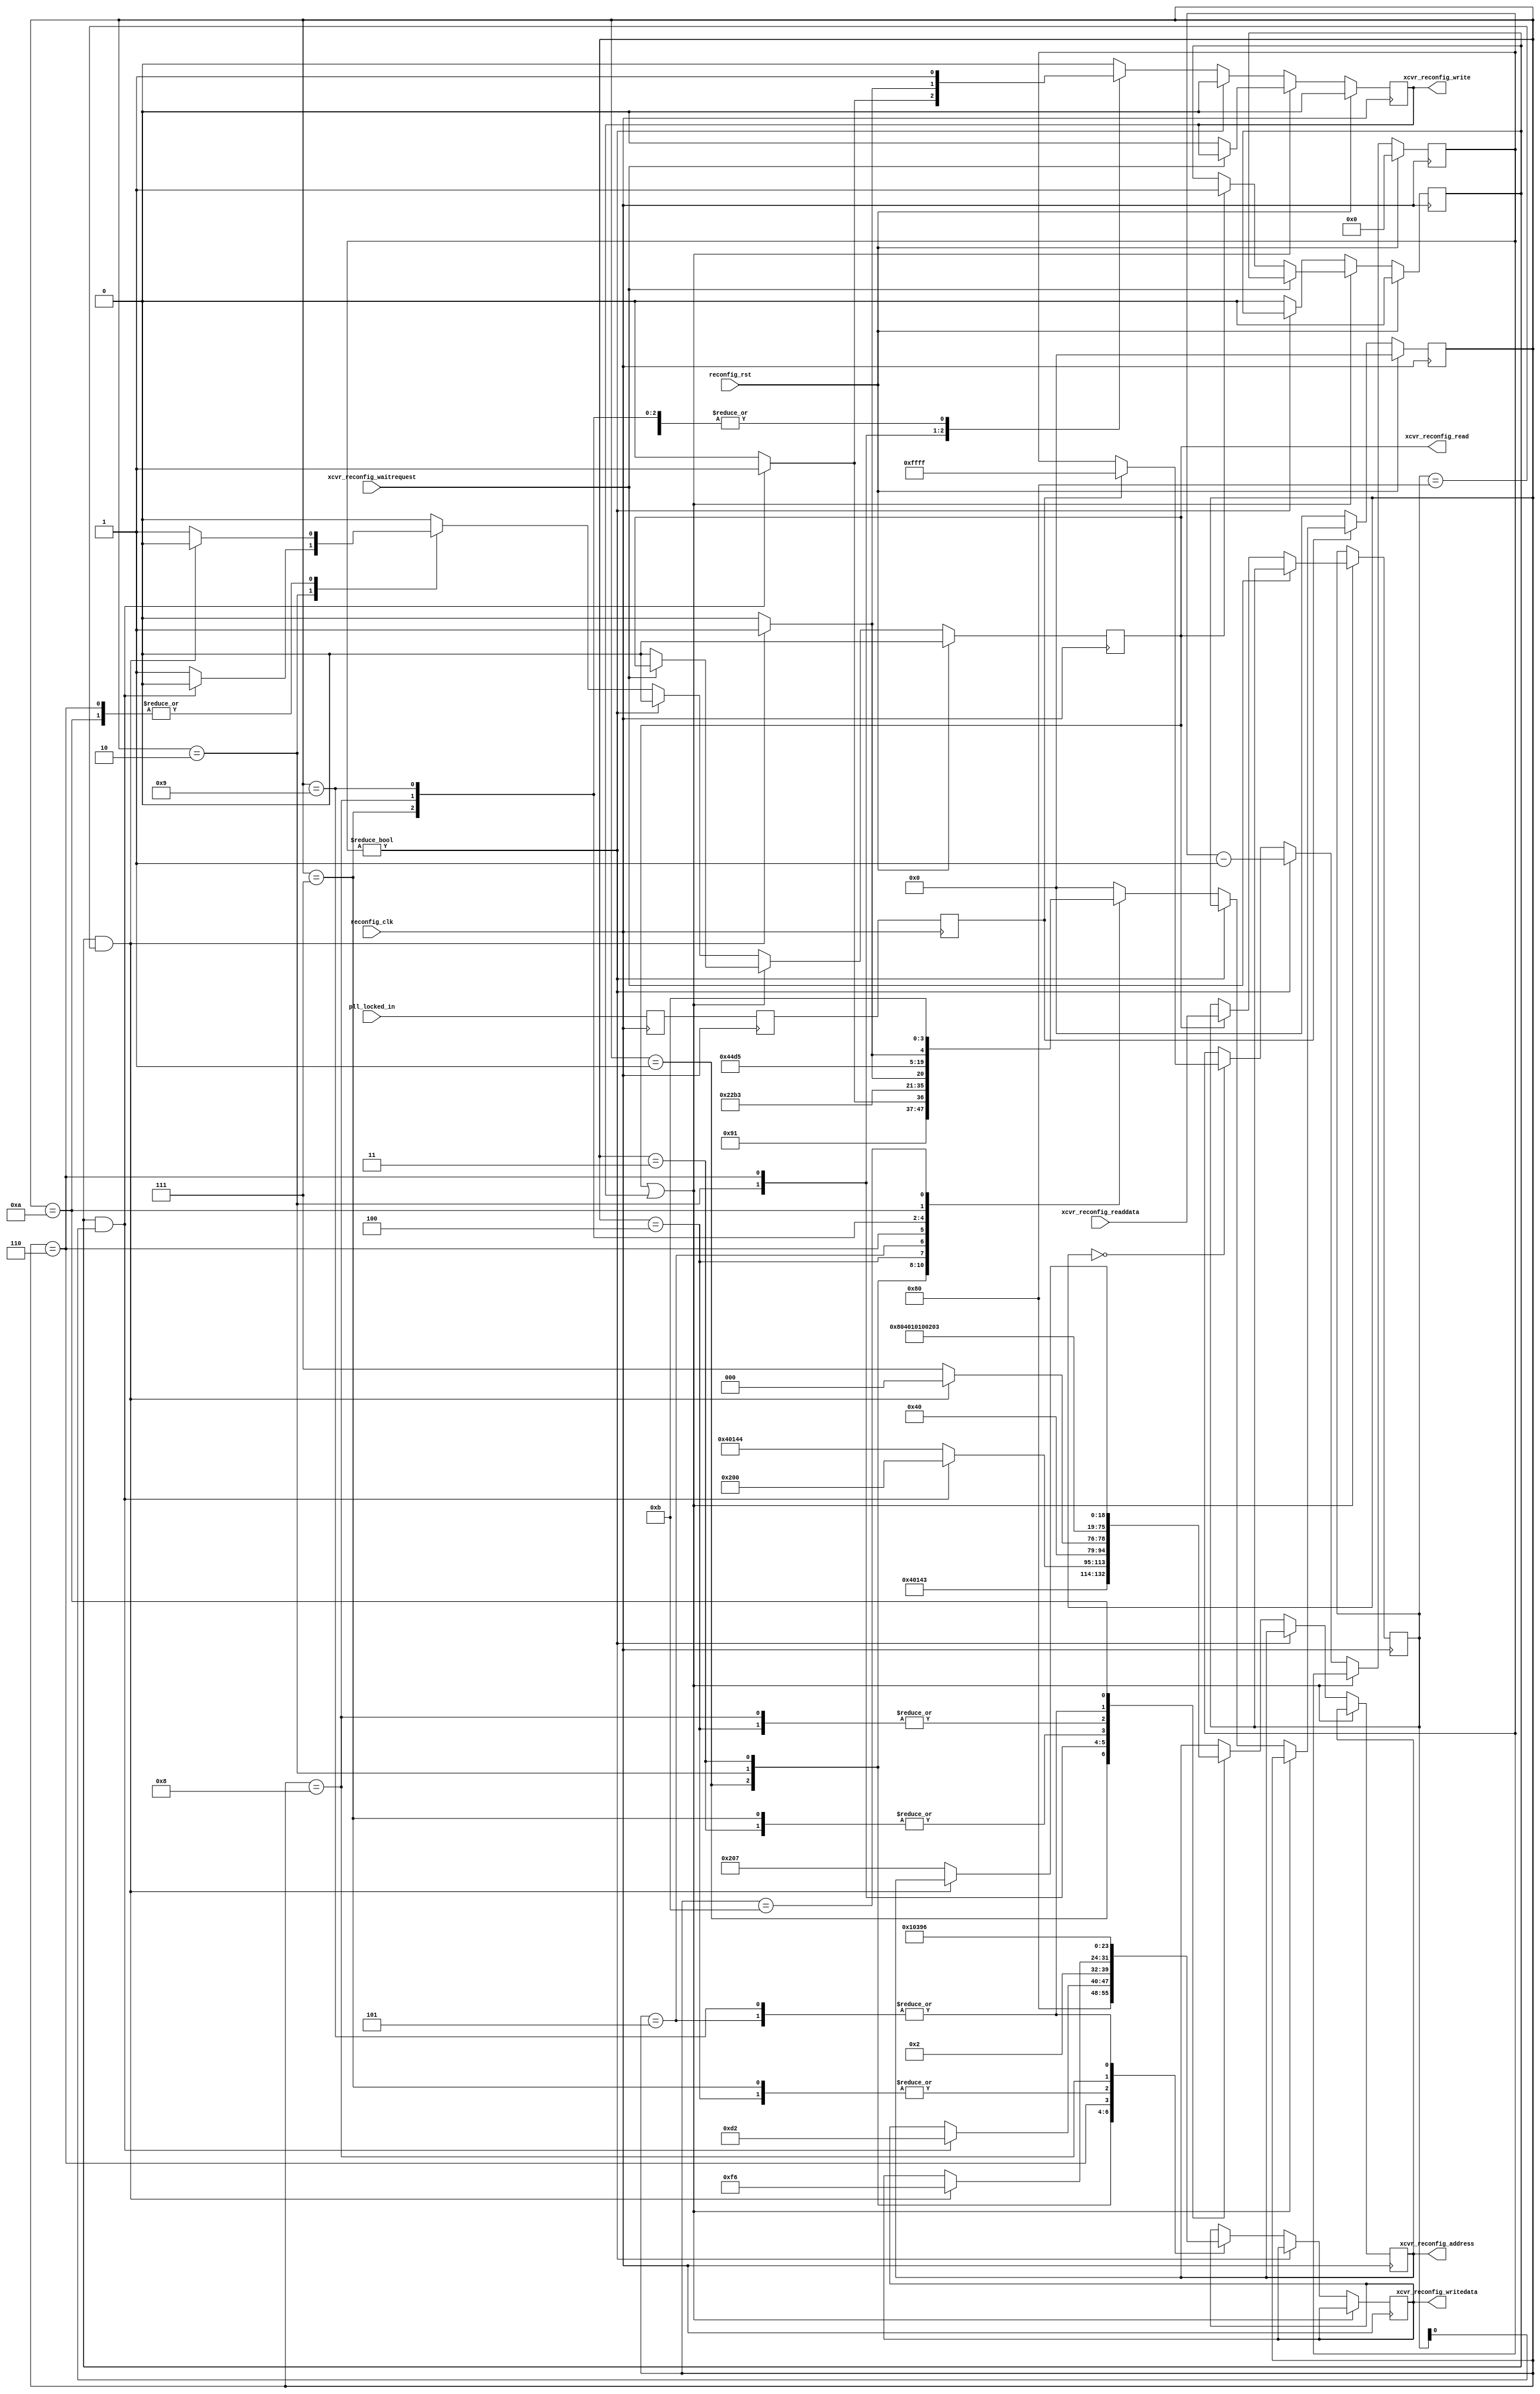
/*

Copyright (c) 2021 Alex Forencich

Permission is hereby granted, free of charge, to any person obtaining a copy
of this software and associated documentation files (the "Software"), to deal
in the Software without restriction, including without limitation the rights
to use, copy, modify, merge, publish, distribute, sublicense, and/or sell
copies of the Software, and to permit persons to whom the Software is
furnished to do so, subject to the following conditions:

The above copyright notice and this permission notice shall be included in
all copies or substantial portions of the Software.

THE SOFTWARE IS PROVIDED "AS IS", WITHOUT WARRANTY OF ANY KIND, EXPRESS OR
IMPLIED, INCLUDING BUT NOT LIMITED TO THE WARRANTIES OF MERCHANTABILITY
FITNESS FOR A PARTICULAR PURPOSE AND NONINFRINGEMENT. IN NO EVENT SHALL THE
AUTHORS OR COPYRIGHT HOLDERS BE LIABLE FOR ANY CLAIM, DAMAGES OR OTHER
LIABILITY, WHETHER IN AN ACTION OF CONTRACT, TORT OR OTHERWISE, ARISING FROM,
OUT OF OR IN CONNECTION WITH THE SOFTWARE OR THE USE OR OTHER DEALINGS IN
THE SOFTWARE.

*/

// Language: Verilog 2001

`resetall
`timescale 1ns / 1ps
`default_nettype none

/*
 * Transceiver control
 */
module xcvr_ctrl (
    input  wire        reconfig_clk,
    input  wire        reconfig_rst,

    input  wire        pll_locked_in,

    output wire [18:0] xcvr_reconfig_address,
    output wire        xcvr_reconfig_read,
    output wire        xcvr_reconfig_write,
    input  wire [7:0]  xcvr_reconfig_readdata,
    output wire [7:0]  xcvr_reconfig_writedata,
    input  wire        xcvr_reconfig_waitrequest
);

localparam [3:0]
    STATE_IDLE = 4'd0,
    STATE_LOAD_PMA_1 = 4'd1,
    STATE_LOAD_PMA_2 = 4'd2,
    STATE_INIT_ADAPT_1 = 4'd3,
    STATE_INIT_ADAPT_2 = 4'd4,
    STATE_INIT_ADAPT_3 = 4'd5,
    STATE_INIT_ADAPT_4 = 4'd6,
    STATE_CONT_ADAPT_1 = 4'd7,
    STATE_CONT_ADAPT_2 = 4'd8,
    STATE_CONT_ADAPT_3 = 4'd9,
    STATE_CONT_ADAPT_4 = 4'd10,
    STATE_DONE = 4'd11;

reg [3:0] state_reg = STATE_IDLE, state_next;

reg [18:0] xcvr_reconfig_address_reg = 19'd0, xcvr_reconfig_address_next;
reg xcvr_reconfig_read_reg = 1'b0, xcvr_reconfig_read_next;
reg xcvr_reconfig_write_reg = 1'b0, xcvr_reconfig_write_next;
reg [7:0] xcvr_reconfig_writedata_reg = 8'd0, xcvr_reconfig_writedata_next;

reg [7:0] read_data_reg = 8'd0, read_data_next;
reg read_data_valid_reg = 1'b0, read_data_valid_next;

reg [15:0] delay_count_reg = 0, delay_count_next;

reg pll_locked_sync_1_reg = 0;
reg pll_locked_sync_2_reg = 0;
reg pll_locked_sync_3_reg = 0;

assign xcvr_reconfig_address = xcvr_reconfig_address_reg;
assign xcvr_reconfig_read = xcvr_reconfig_read_reg;
assign xcvr_reconfig_write = xcvr_reconfig_write_reg;
assign xcvr_reconfig_writedata = xcvr_reconfig_writedata_reg;

always @(posedge reconfig_clk) begin
    pll_locked_sync_1_reg <= pll_locked_in;
    pll_locked_sync_2_reg <= pll_locked_sync_1_reg;
    pll_locked_sync_3_reg <= pll_locked_sync_2_reg;
end

always @* begin
    state_next = STATE_IDLE;

    xcvr_reconfig_address_next = xcvr_reconfig_address_reg;
    xcvr_reconfig_read_next = 1'b0;
    xcvr_reconfig_write_next = 1'b0;
    xcvr_reconfig_writedata_next = xcvr_reconfig_writedata_reg;

    read_data_next = read_data_reg;
    read_data_valid_next = read_data_valid_reg;

    delay_count_next = delay_count_reg;

    if (xcvr_reconfig_read_reg || xcvr_reconfig_write_reg) begin
        // operation in progress
        if (xcvr_reconfig_waitrequest) begin
            // wait state, hold command
            xcvr_reconfig_read_next = xcvr_reconfig_read_reg;
            xcvr_reconfig_write_next = xcvr_reconfig_write_reg;
        end else begin
            // release command
            xcvr_reconfig_read_next = 1'b0;
            xcvr_reconfig_write_next = 1'b0;

            if (xcvr_reconfig_read_reg) begin
                // latch read data
                read_data_next = xcvr_reconfig_readdata;
                read_data_valid_next = 1'b1;
            end
        end
        state_next = state_reg;
    end else if (delay_count_reg != 0) begin
        // stall for delay
        delay_count_next = delay_count_reg - 1;
        state_next = state_reg;
    end else begin
        read_data_valid_next = 1'b0;

        case (state_reg)
            STATE_IDLE: begin
                // wait for PLL to lock
                if (pll_locked_sync_3_reg) begin
                    delay_count_next = 16'hffff;
                    state_next = STATE_LOAD_PMA_1;
                end else begin
                    state_next = STATE_IDLE;
                end
            end
            STATE_LOAD_PMA_1: begin
                // load PMA config
                xcvr_reconfig_address_next = 19'h40143;
                xcvr_reconfig_writedata_next = 8'h80;
                xcvr_reconfig_write_next = 1'b1;
                state_next = STATE_LOAD_PMA_2;
            end
            STATE_LOAD_PMA_2: begin
                // check status
                if (read_data_valid_reg && read_data_reg[0]) begin
                    // start initial adaptation
                    xcvr_reconfig_address_next = 19'h200;
                    xcvr_reconfig_writedata_next = 8'hD2;
                    xcvr_reconfig_write_next = 1'b1;
                    state_next = STATE_INIT_ADAPT_1;
                end else begin
                    // read status
                    xcvr_reconfig_address_next = 19'h40144;
                    xcvr_reconfig_read_next = 1'b1;
                    state_next = STATE_LOAD_PMA_2;
                end
            end
            STATE_INIT_ADAPT_1: begin
                // start initial adaptation
                xcvr_reconfig_address_next = 19'h201;
                xcvr_reconfig_writedata_next = 8'h02;
                xcvr_reconfig_write_next = 1'b1;
                state_next = STATE_INIT_ADAPT_2;
            end
            STATE_INIT_ADAPT_2: begin
                // start initial adaptation
                xcvr_reconfig_address_next = 19'h202;
                xcvr_reconfig_writedata_next = 8'h01;
                xcvr_reconfig_write_next = 1'b1;
                state_next = STATE_INIT_ADAPT_3;
            end
            STATE_INIT_ADAPT_3: begin
                // start initial adaptation
                xcvr_reconfig_address_next = 19'h203;
                xcvr_reconfig_writedata_next = 8'h96;
                xcvr_reconfig_write_next = 1'b1;
                state_next = STATE_INIT_ADAPT_4;
            end
            STATE_INIT_ADAPT_4: begin
                // check status
                if (read_data_valid_reg && read_data_reg == 8'h80) begin
                    // start continuous adaptation
                    xcvr_reconfig_address_next = 19'h200;
                    xcvr_reconfig_writedata_next = 8'hF6;
                    xcvr_reconfig_write_next = 1'b1;
                    state_next = STATE_CONT_ADAPT_1;
                end else begin
                    // read status
                    xcvr_reconfig_address_next = 19'h207;
                    xcvr_reconfig_read_next = 1'b1;
                    state_next = STATE_INIT_ADAPT_4;
                end
            end
            STATE_CONT_ADAPT_1: begin
                // start continuous adaptation
                xcvr_reconfig_address_next = 19'h201;
                xcvr_reconfig_writedata_next = 8'h01;
                xcvr_reconfig_write_next = 1'b1;
                state_next = STATE_CONT_ADAPT_2;
            end
            STATE_CONT_ADAPT_2: begin
                // start continuous adaptation
                xcvr_reconfig_address_next = 19'h202;
                xcvr_reconfig_writedata_next = 8'h03;
                xcvr_reconfig_write_next = 1'b1;
                state_next = STATE_CONT_ADAPT_3;
            end
            STATE_CONT_ADAPT_3: begin
                // start continuous adaptation
                xcvr_reconfig_address_next = 19'h203;
                xcvr_reconfig_writedata_next = 8'h96;
                xcvr_reconfig_write_next = 1'b1;
                state_next = STATE_CONT_ADAPT_4;
            end
            STATE_CONT_ADAPT_4: begin
                // check status
                if (read_data_valid_reg && read_data_reg == 8'h80) begin
                    // done
                    state_next = STATE_DONE;
                end else begin
                    // read status
                    xcvr_reconfig_address_next = 19'h207;
                    xcvr_reconfig_read_next = 1'b1;
                    state_next = STATE_CONT_ADAPT_4;
                end
            end
            STATE_DONE: begin
                // done with operation
                state_next = STATE_DONE;
            end
        endcase
    end

    if (!pll_locked_sync_3_reg) begin
        // go back to idle if PLL is unlocked
        state_next = STATE_IDLE;
    end
end

always @(posedge reconfig_clk) begin
    state_reg <= state_next;

    xcvr_reconfig_address_reg <= xcvr_reconfig_address_next;
    xcvr_reconfig_read_reg <= xcvr_reconfig_read_next;
    xcvr_reconfig_write_reg <= xcvr_reconfig_write_next;
    xcvr_reconfig_writedata_reg <= xcvr_reconfig_writedata_next;

    read_data_reg <= read_data_next;
    read_data_valid_reg <= read_data_valid_next;

    delay_count_reg <= delay_count_next;

    if (reconfig_rst) begin
        state_reg <= STATE_IDLE;

        xcvr_reconfig_read_reg <= 1'b0;
        xcvr_reconfig_write_reg <= 1'b0;

        read_data_valid_reg <= 1'b0;

        delay_count_reg <= 0;
    end
end

endmodule

`resetall